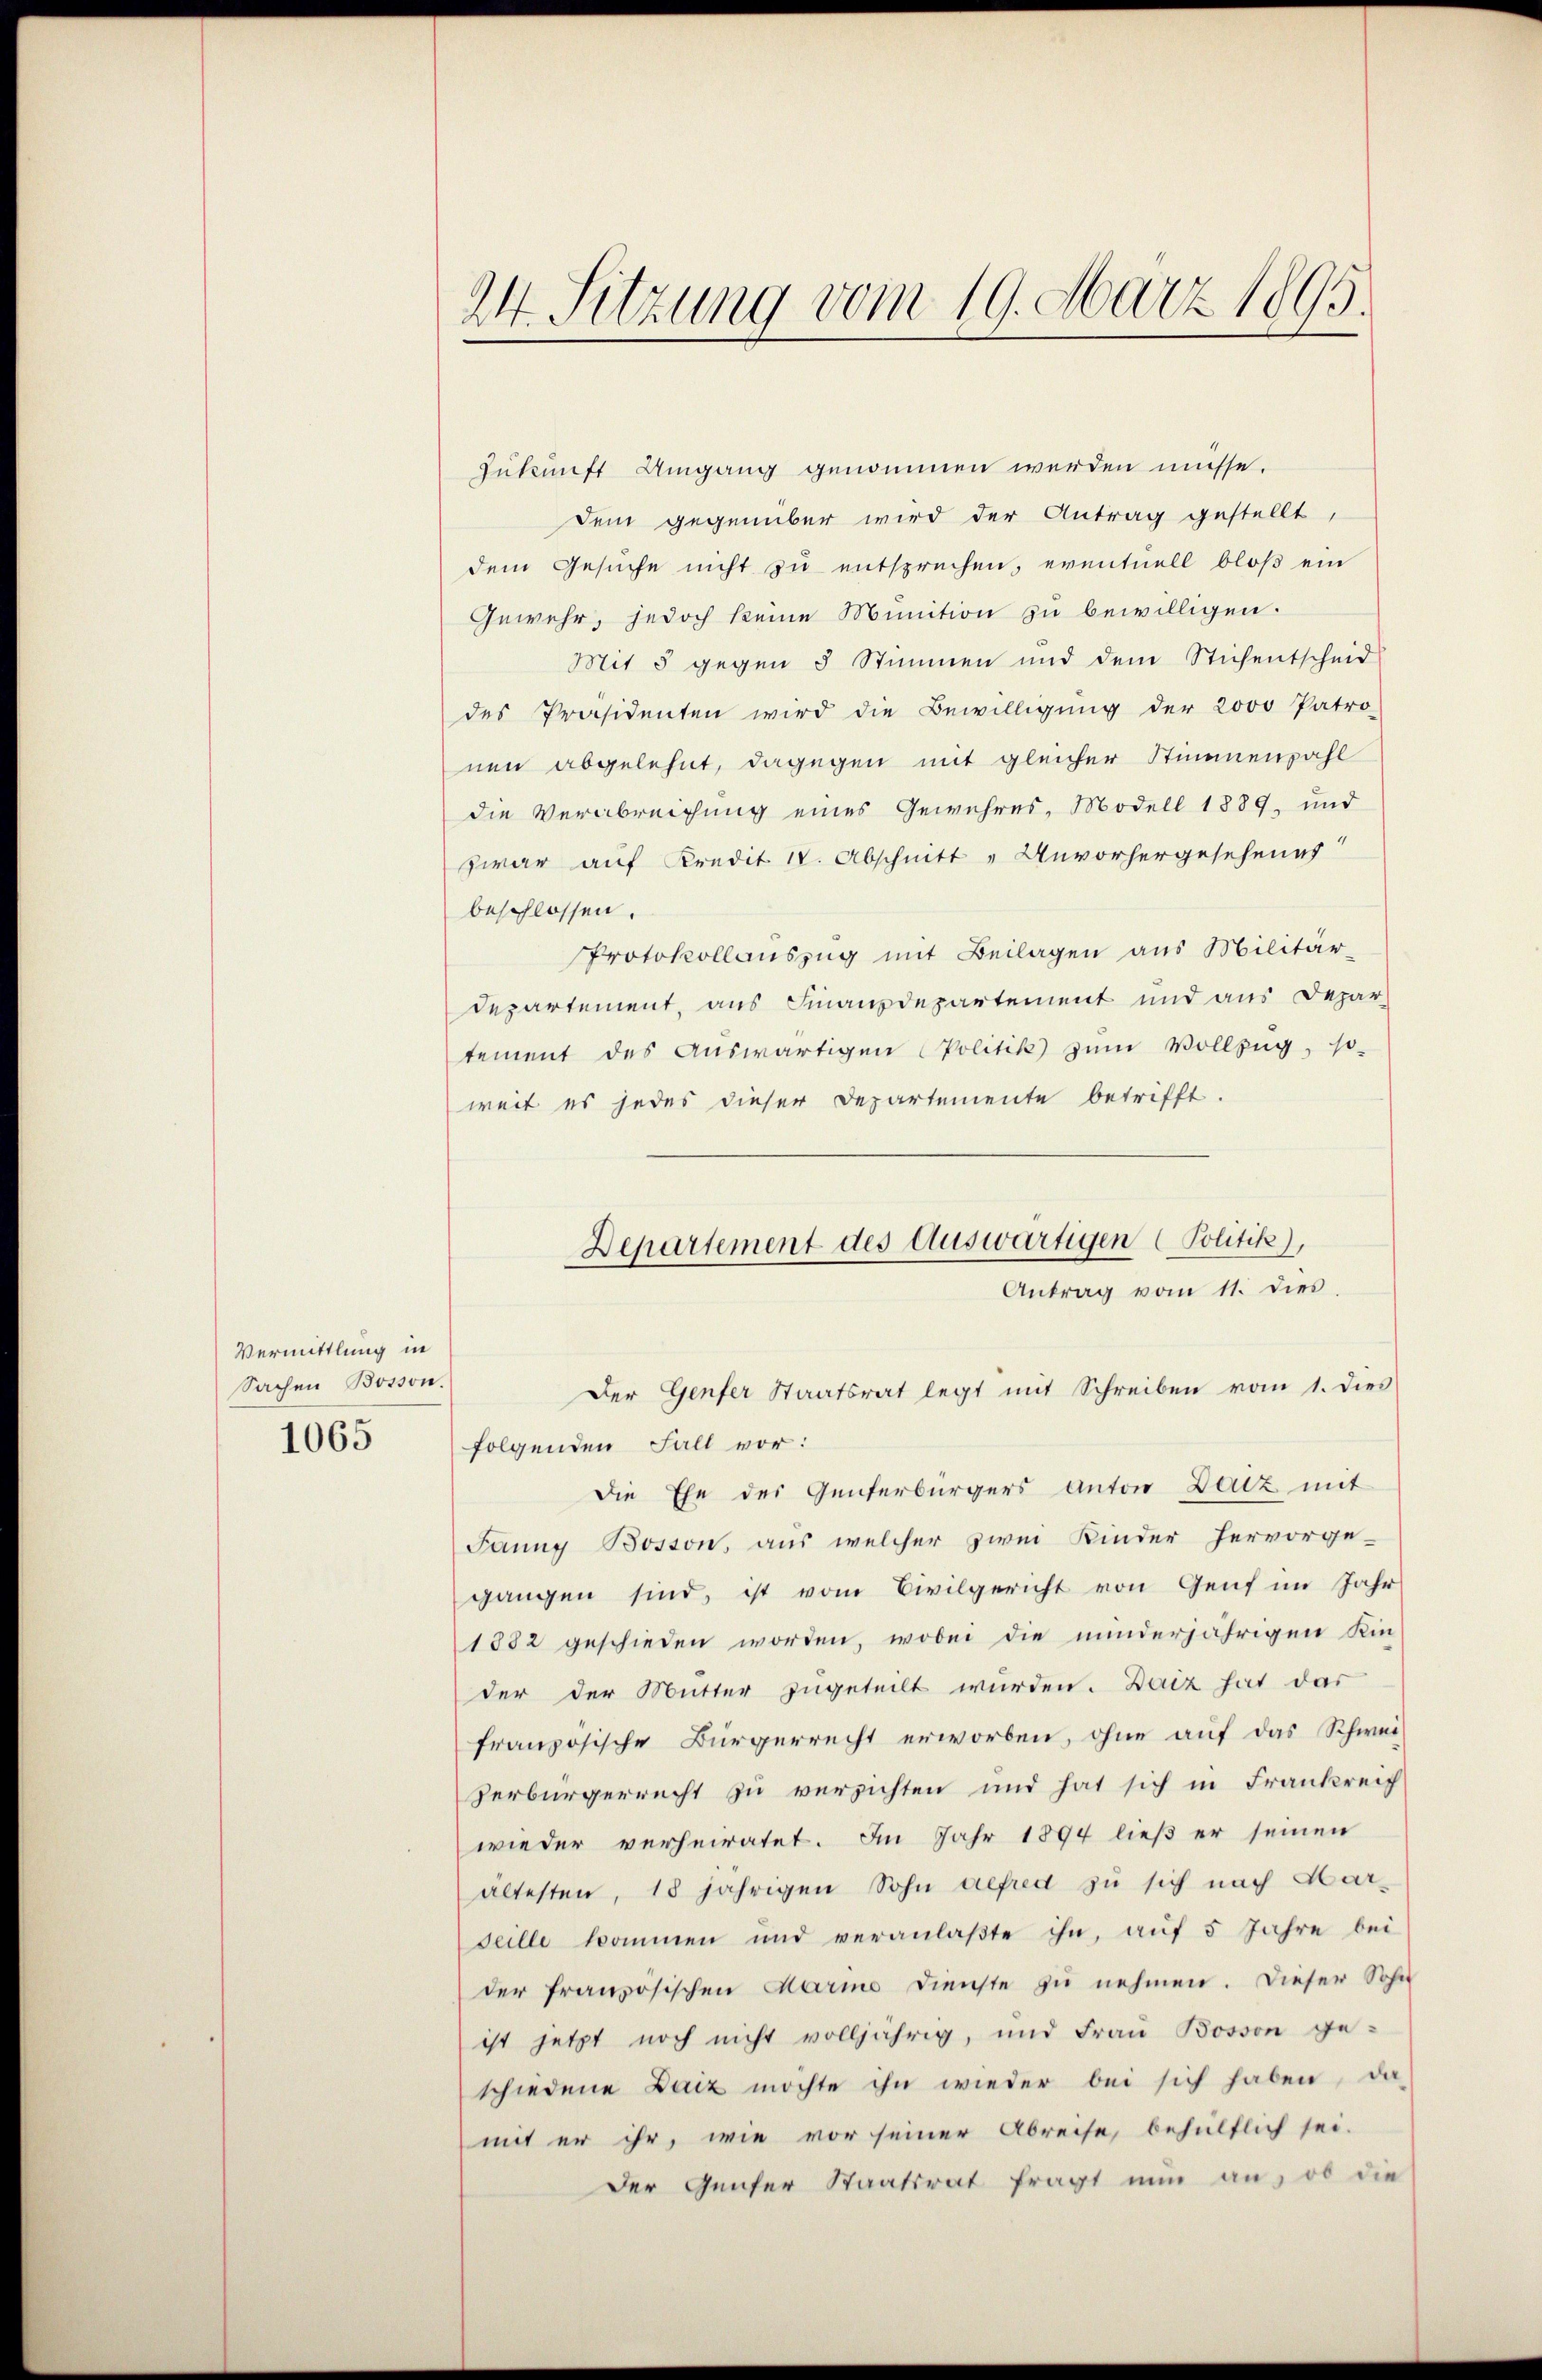
Vermittlung in
Sachen Bosson.
1065

24. Sitzung vom 19. März 1895.

Zukunft Umgang genommen werden müsse.
dem gegenüber wird der Antrag gestellt,
dem Gesuche nicht zu entsprechen, eventuell bloß ein
Gewehr, jedoch keine Munition zu bewilligen.
Mit 5 gegen 5 Stimmen und dem Stichentscheid
des Präsidenten wird die Bewilligŭng der 2000 Patro-
nen abgelehnt, dagegen mit gleicher Stimmenzahl
die Verabreichung eines Gewehres, Modell 1889, und
zwar auf Kredit IV. Abschnitt "Unvorhergesehenes
beschlossen.
Protokollauszug mit Beilagen aus Militär-
departement, aus Finanzdepartement und aus Depar
tement des Auswärtigen Politik zum Vollzug, so-
weit es jedes dieser Departemente betrifft.

Departement des Auswärtigen (Politik),
Antrag vom 11. dies

Der Genfer Staatsrat legt mit Schreiben vom 1. dies
folgenden Fall vor:
Die Ehe des Genferbürgers Anton Darz mit
Janng Bosson, aus welcher zwei Kinder hervorge-
gangen sind, ist vom Civilgericht von Genf im Jahr
1882 geschieden worden, wobei die minderjährigen Kin-
der der Mutter zugeteilt wurden. Daiz hat das
französische Bürgerrecht erworben, ohne auf das Schwei-
Verbürgerrecht zu versichten und hat sich in Frankreich
wieder verheiratet. Im Jahr 1894 ließ er seinen
ältesten, 18 jährigen Sohn gefred zu sich nach Marseille kommen und veranlaβte ihn, aŭf 5 Jahre bei
der französischen Marme Dienste zu nehmen. Dieser Sohn
ist jetzt noch nicht volljährig, und Frau Bosson ge-
schiedene Daiz möchte ihn wieder bei sich haben, da
mit er ihr, wie vor seiner Abreise, behülflich sei.
Der Genfer Staatsrat fragt nun an, ob die